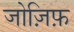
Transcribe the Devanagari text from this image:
जोज़िफ़